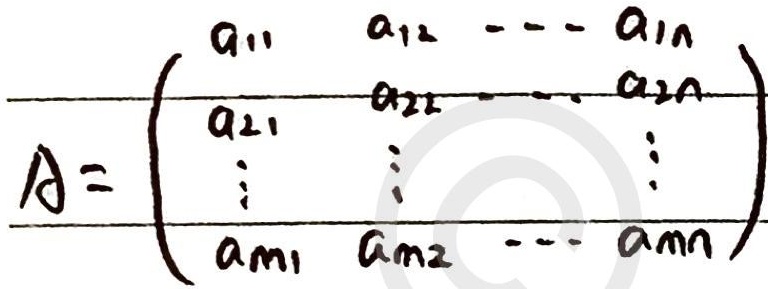
\[A=\begin{pmatrix}
a_{11} & a_{12} & \cdots & a_{1n}\\
a_{21} & a_{22} & \cdots & a_{2n}\\
\vdots & \vdots &  & \vdots\\
a_{m1} & a_{m2} & \cdots & a_{mn}
\end{pmatrix}\]